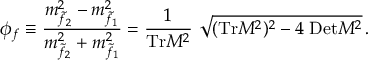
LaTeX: \phi _ { f } \equiv \frac { m _ { \tilde { f } _ { 2 } } ^ { 2 } - m _ { \tilde { f } _ { 1 } } ^ { 2 } } { m _ { \tilde { f } _ { 2 } } ^ { 2 } + m _ { \tilde { f } _ { 1 } } ^ { 2 } } = { \frac { 1 } { \mathrm { T r } { \cal M } ^ { 2 } } } ~ \sqrt { ( \mathrm { T r } { \cal M } ^ { 2 } ) ^ { 2 } - 4 ~ \mathrm { D e t } { \cal M } ^ { 2 } } \, .